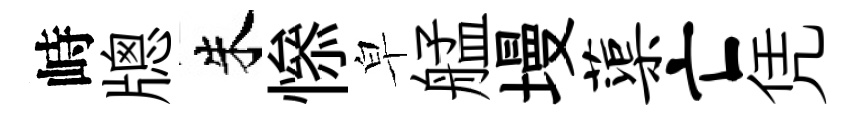
峙牕朱𢡖皁艋墁蕖亡凭